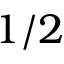
1 / 2